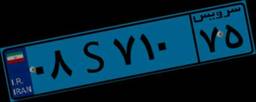
۰۸S۷۱۰۷۵